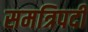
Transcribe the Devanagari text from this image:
समत्रिपदी